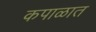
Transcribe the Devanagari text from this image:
कपाळात